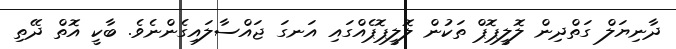
ދާނިޔަލް ގަތްދިން ލޮލީޕޮޕް ތަކުން ލޮލީޕޮޕެއްގައި އަނގަ ޖައްސާލައިގެންނެވެ. ބާކީ އޮތް ދޭތި